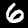
Digit: 6